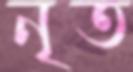
নৃত